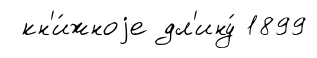
кн'и́жноjе дл'ину́ 1899